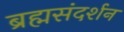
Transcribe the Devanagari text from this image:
ब्रह्मसंदर्शन